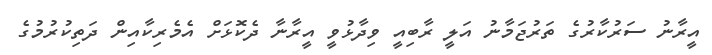
އީރާނު ސަރުކާރުގެ ތަރުޖަމާނު އަލީ ރާބިއީ ވިދާޅުވީ އީރާނާ ދެކޮޅަށް އެމެރިކާއިން ދަތިކުރުމުގެ